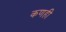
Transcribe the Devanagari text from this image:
कणही